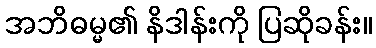
အဘိဓမ္မ၏ နိဒါန်းကို ပြဆိုခန်း။